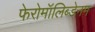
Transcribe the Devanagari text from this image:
फेरोमॉलिब्डेनम